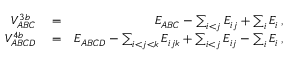
\begin{array} { r l r } { V _ { A B C } ^ { 3 b } } & { { } = } & { E _ { A B C } - \sum _ { i < j } E _ { i j } + \sum _ { i } E _ { i } \, , } \\ { V _ { A B C D } ^ { 4 b } } & { { } = } & { E _ { A B C D } - \sum _ { i < j < k } E _ { i j k } + \sum _ { i < j } E _ { i j } - \sum _ { i } E _ { i } \, , } \end{array}